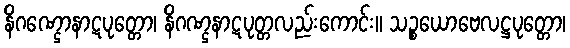
နိဂဏ္ဌောနာဋပုတ္တော၊ နိဂဏ္ဌနာဋပုတ္တလည်းကောင်း။ သဉ္စယောဗေလဋ္ဌပုတ္တော၊